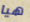
هيا